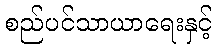
စည်ပင်သာယာရေးနှင့်